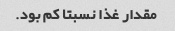
مقدار غذا نسبتا کم بود.